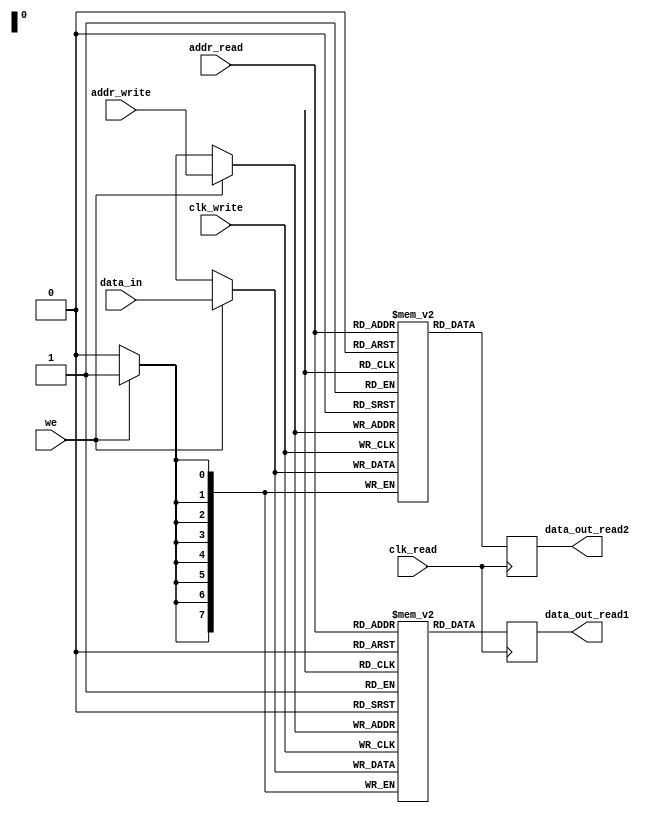
module dual_port_ram (
    input wire clk_read,
    input wire clk_write,
    input wire [7:0] addr_read,
    input wire [7:0] addr_write,
    input wire we,
    input wire [7:0] data_in,
    output reg [7:0] data_out_read1,
    output reg [7:0] data_out_read2
);

reg [7:0] mem1 [0:255];
reg [7:0] mem2 [0:255];

always @(posedge clk_read) begin
    data_out_read1 <= mem1[addr_read];
    data_out_read2 <= mem2[addr_read];
end

always @(posedge clk_write) begin
    if (we) begin
        mem1[addr_write] <= data_in;
        mem2[addr_write] <= data_in;
    end
end

endmodule